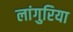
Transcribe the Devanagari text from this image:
लांगुरिया